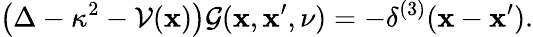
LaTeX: \left(\Delta-\kappa^{2}-{\cal V}({\mathbf x})\right){\cal G}({\mathbf x},{\mathbf x}^{\prime},\nu)=-\delta^{(3)}({\mathbf x}-{\mathbf x}^{\prime}).